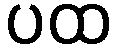
ပထ